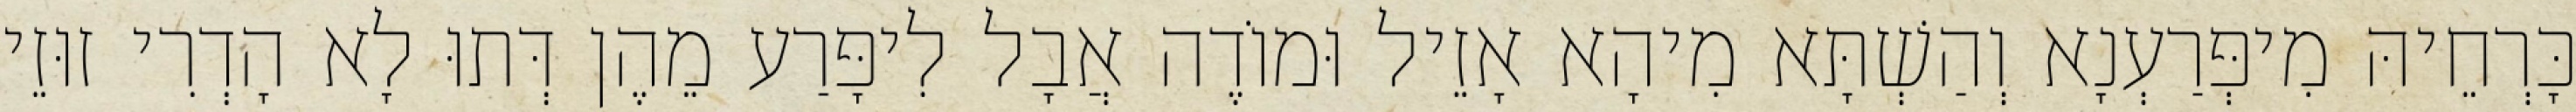
כָּרְחֵיהּ מִיפְּרַעְנָא וְהַשְׁתָּא מִיהָא אָזֵיל וּמוֹדֶה אֲבָל לִיפָּרַע מֵהֶן דְּתוּ לָא הָדְרִי זוּזֵי